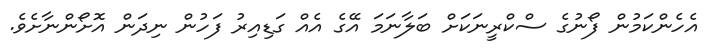
އެހެންކަމުން ފޯނުގެ ސްކްރީނަކަށް ބަލާނަމަ އޭގެ އެއް ގަޑިއިރު ފަހުން ނިދަން އޮށޯންނާށެވެ.